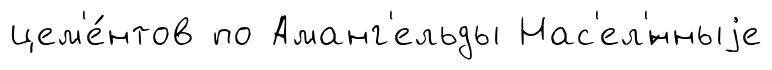
цем'е́нтов по Аманг'ельды Нас'ел'́нныjе